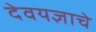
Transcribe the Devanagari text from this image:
देवयज्ञाचे